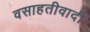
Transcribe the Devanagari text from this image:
वसाहतीवादी